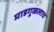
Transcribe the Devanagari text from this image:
माडगूळलाच